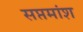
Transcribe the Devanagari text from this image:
सप्तमांश